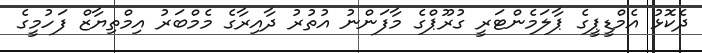
ދެކޮޅު އެމްޑީޕީގެ ޕާލަމެންޓަރީ ގުރޫޕްގެ މާފަންނު އުތުރު ދާއިރާގެ މެމްބަރު އިމްތިޔާޒް ފަހުމީގެ